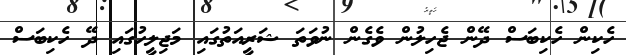
ހެކިން ހެކިބަސް ދޭން ޖެހިލުން ވެގެން ނުވަތަ ޝަރީއަތުގައި މަޖިލީހުގައި ދޭ ހެކިބަސް